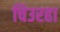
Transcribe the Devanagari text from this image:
चिउरहा